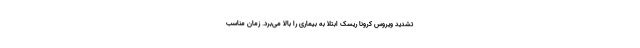
تشدید ویروس کرونا ریسک ابتلا به بیماری را بالا می‌برد. زمان مناسب